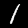
Digit: 1